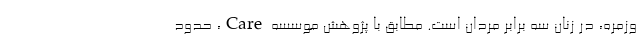
وزمره، در زنان سه برابر مردان است. مطابق با پژوهش موسسه Care، حدود